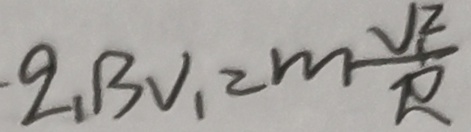
- q _ { 1 } B V _ { 1 } = m \frac { V _ { 1 } ^ { 2 } } { R }